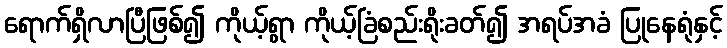
ရောက်ရှိလာပြီဖြစ်၍ ကိုယ့်ရွာ ကိုယ့်ခြံစည်းရိုးခတ်၍ အရပ်အခံ ပြုနေရုံနှင့်